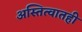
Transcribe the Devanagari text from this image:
अस्तित्वातही